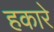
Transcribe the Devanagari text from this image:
हकारे